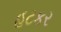
હટકર